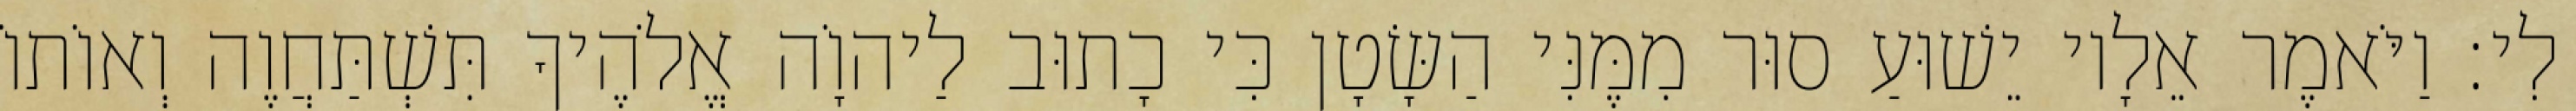
לִי׃ וַיֹּאמֶר אֵלָיו יֵשׁוּעַ סוּר מִמֶּנִּי הַשָּׂטָן כִּי כָתוּב לַיהוָֹה אֱלֹהֶיךָ תִּשְׁתַּחֲוֶה וְאוֹתוֹ